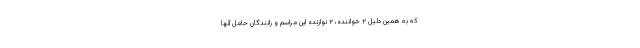
که به همین دلیل ۲ خواننده، ۲ نوازنده این مراسم و رانندگان حامل آنها